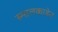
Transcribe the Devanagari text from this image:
स्मालकाडेन